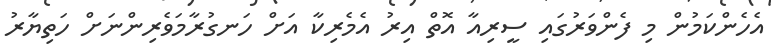
އެހެންކަމުން މި ފެންވަރުގައި ސީރިއާ އޮތް އިރު އެމެރިކާ އަށް ހަނގުރާމަވެރިންނަށް ހަތިޔާރު